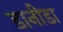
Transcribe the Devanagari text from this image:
डानीडा